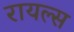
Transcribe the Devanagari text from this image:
रायल्स